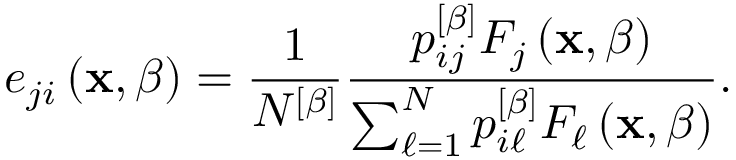
e _ { j i } \left( \mathbf { x } , \beta \right) = \frac { 1 } { N ^ { \left[ \beta \right] } } \frac { p _ { i j } ^ { \left[ \beta \right] } F _ { j } \left( \mathbf { x } , \beta \right) } { \sum _ { \ell = 1 } ^ { N } p _ { i \ell } ^ { \left[ \beta \right] } F _ { \ell } \left( \mathbf { x } , \beta \right) } .